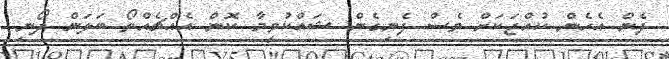
ދެން އެހެން ކުއްޖަކަށް ވެސް ފެނިގެން ޝައްކުވީމާ ކޮން އެއްޗެއްތޯ ބަލަން ދޯނި